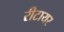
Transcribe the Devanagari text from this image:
रीटायर